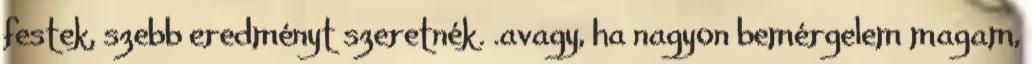
festek, szebb eredményt szeretnék. .avagy, ha nagyon bemérgelem magam,